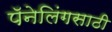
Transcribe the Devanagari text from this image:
पॅनेलिंगसाठी